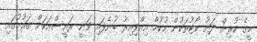
މީގެ ކުރިން ދަށު ކޯޓުތަކުން ހުކުމް އިއްވިއިރު ބުނެފައި ވަނީ ރައީސްއަކަށް ގައުމުގައި